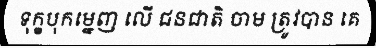
ទុក្ខបុកម្នេញ លើ ជនជាតិ ចាម ត្រូវបាន គេ